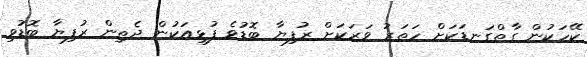
ކޭހަކުން ގާތްގަނޑަކަށް ހަތަރު ވަރަކަށް ރުފިޔާ ބޮޑުވެ ފުޅިއަކުން ދެތިން ރުފިޔާ ބޮޑުވި